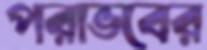
পরাভবের